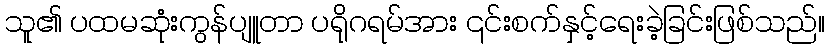
သူ၏ ပထမဆုံးကွန်ပျူတာ ပရိုဂရမ်အား ၎င်းစက်နှင့်ရေးခဲ့ခြင်းဖြစ်သည်။